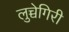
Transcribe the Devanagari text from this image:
लुच्चेगिरी